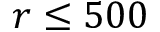
r \leq 5 0 0